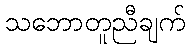
သဘောတူညီချက်